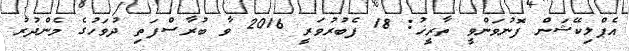
އެޕްލިކޭޝަން ފޮނުވަންވީ ތާރީޚު: 18 ފެބުރުވަރީ 2016 ވާ ބުރާސްފަތި ދުވަހުގެ މެންދުރު